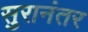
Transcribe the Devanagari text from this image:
सुरानंतर